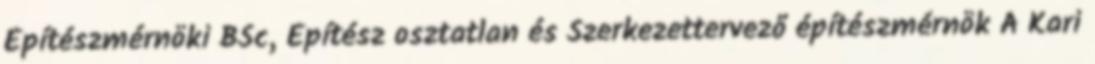
Építészmérnöki BSc, Építész osztatlan és Szerkezettervező építészmérnök A Kari